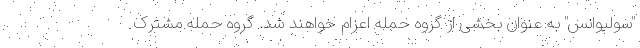
"سولیوانس" به عنوان بخشی از گروه حمله اعزام خواهند شد. گروه حمله مشترک